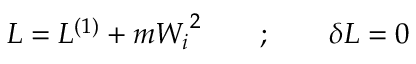
{ \cal L } = { \cal L } ^ { ( 1 ) } + m { W _ { i } } ^ { 2 } \quad \quad ; \quad \quad \delta { \cal L } = 0